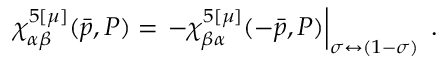
\chi _ { \alpha \beta } ^ { 5 [ \mu ] } ( \bar { p } , P ) = \left. - \chi _ { \beta \alpha } ^ { 5 [ \mu ] } ( - \bar { p } , P ) \right| _ { \sigma \leftrightarrow ( 1 - \sigma ) } \; .